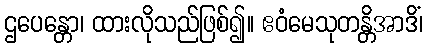
ဌပေန္တော၊ ထားလိုသည်ဖြစ်၍။ ဧဝံမေသုတန္တိအာဒိံ၊